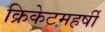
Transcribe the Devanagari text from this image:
क्रिकेटमहर्षी